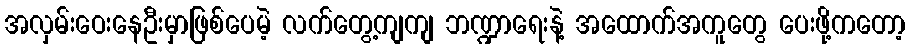
အလှမ်းဝေးနေဦးမှာဖြစ်ပေမဲ့ လက်တွေ့ကျကျ ဘဏ္ဍာရေးနဲ့ အထောက်အကူတွေ ပေးဖို့ကတော့